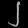
Digit: ၂